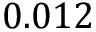
0 . 0 1 2